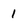
Character: 1